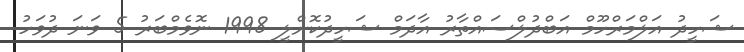
ޝަހީދު އަލްމަރްހޫމް އަބްދުލްސައްތާރު އާދަމް ޝަހީދުކޮށްލީ 1998 ނޮވެމްބަރު 5 ވަނަ ދުވަހު